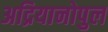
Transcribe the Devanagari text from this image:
अद्रियानोपुल